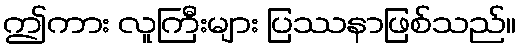
ဤကား လူကြီးများ ပြဿနာဖြစ်သည်။